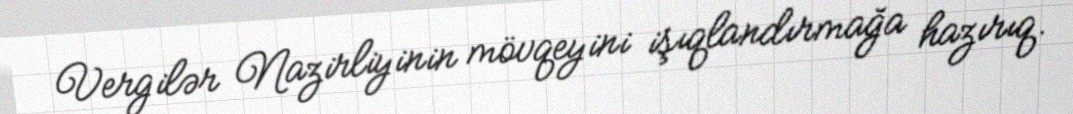
Vergilər Nazirliyinin mövqeyini işıqlandırmağa hazırıq.